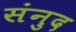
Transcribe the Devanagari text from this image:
संनुद